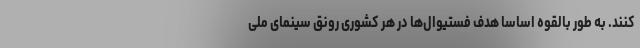
کنند. به طور بالقوه اساسا هدف فستیوال‌ها در هر کشوری رونق سینمای ملی